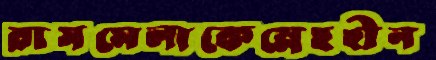
রাসমেলাকেস্নেহহীন